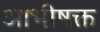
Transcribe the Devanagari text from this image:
आभीषक्त